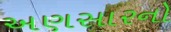
અણસારનો